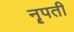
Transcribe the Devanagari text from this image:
नॄपती